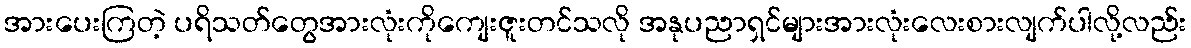
အားပေးကြတဲ့ ပရိသတ်တွေအားလုံးကိုကျေးဇူးတင်သလို အနုပညာရှင်များအားလုံးလေးစားလျက်ပါလို့လည်း